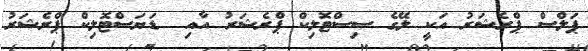
ޕަލްސް ޕްރެޝަރު އަކީ ލޭގެ ސިސްޓޮލިކް ޕްރެޝަރު އާއި  ޑަޔަސްޓޮލިކް ޕްރެޝަރު